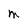
Character: M